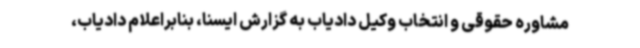
مشاوره حقوقی و انتخاب وکیل دادیاب به گزارش ایسنا، بنابراعلام دادیاب،